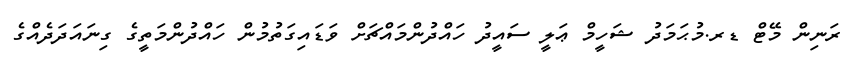
ރަނިން މޭޓް ޑރ.މުޙަމަދު ޝަހީމް ޢަލީ ސައީދު ހައްދުންމައްޗަށް ވަޑައިގަތުމުން ހައްދުންމަތީގެ ގިނައަދަދެއްގެ